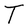
Character: T